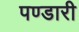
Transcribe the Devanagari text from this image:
पण्डारी